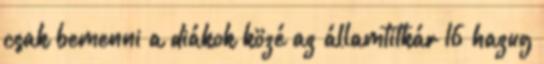
csak bemenni a diákok közé az államtitkár 16 hazug